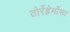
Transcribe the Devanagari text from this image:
तोर्रेह्रेर्मोसा